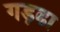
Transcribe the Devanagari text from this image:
गड़ढा